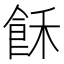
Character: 𲋕